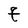
Character: f